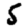
Digit: 5